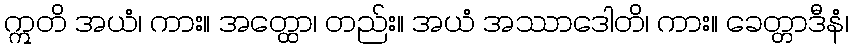
ဣတိ အယံ၊ ကား။ အတ္ထော၊ တည်း။ အယံ အဿာဒေါတိ၊ ကား။ ခေတ္တာဒီနံ၊